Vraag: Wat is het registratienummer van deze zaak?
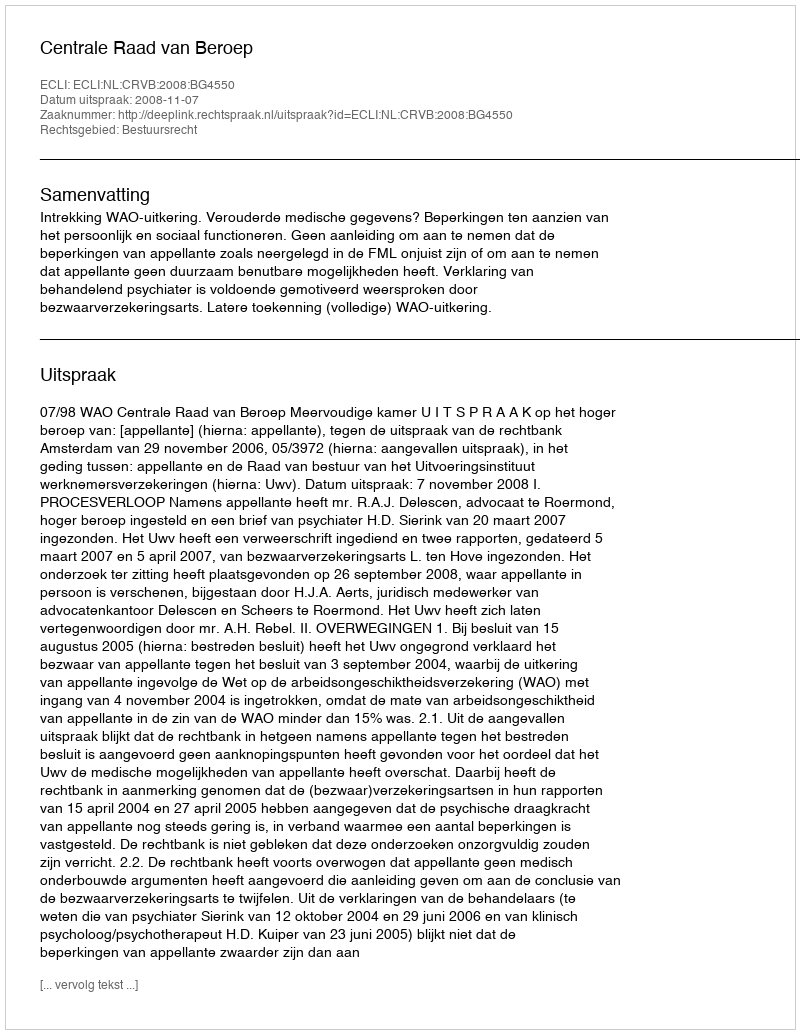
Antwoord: http://deeplink.rechtspraak.nl/uitspraak?id=ECLI:NL:CRVB:2008:BG4550